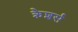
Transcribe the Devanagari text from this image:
क्रैशर्स